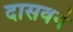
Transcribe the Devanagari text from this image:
दासवर्ग